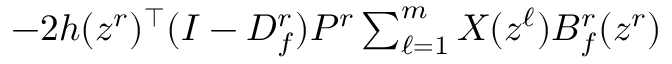
- 2 h ( z ^ { r } ) ^ { \top } ( I - D _ { f } ^ { r } ) P ^ { r } \textstyle \sum _ { \ell = 1 } ^ { m } X ( z ^ { \ell } ) B _ { f } ^ { r } ( z ^ { r } )